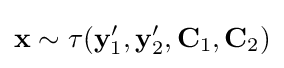
\mathbf {x} \sim \tau (\mathbf {y} '_{1},\mathbf {y} '_{2},\mathbf {C} _{1},\mathbf {C} _{2})